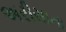
અરીસાના